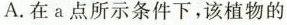
A. 在a点所示条件下，该植物的